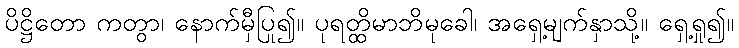
ပိဋ္ဌိတော ကတွာ၊ နောက်မှီပြု၍။ ပုရတ္ထိမာဘိမုခေါ၊ အရှေ့မျက်နှာသို့။ ရှေ့ရှု၍။